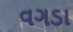
વગડા